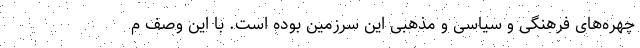
چهره‌های فرهنگی و سیاسی و مذهبی این سرزمین بوده است. با این وصف م